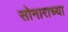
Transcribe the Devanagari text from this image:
सोनाराच्या